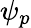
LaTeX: \psi_{p}